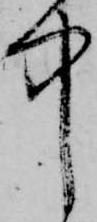
中